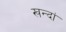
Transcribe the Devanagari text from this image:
खन्दां